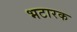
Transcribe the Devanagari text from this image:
भटारक